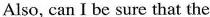
Also, can I be sure that the